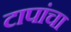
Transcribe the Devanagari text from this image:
टापांचा